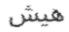
ھيش